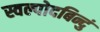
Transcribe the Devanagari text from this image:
स्वल्पोदबिन्दुं